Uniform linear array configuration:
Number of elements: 16
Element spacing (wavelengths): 0.75
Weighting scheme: exponential
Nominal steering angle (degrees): -15
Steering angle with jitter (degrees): -16.781
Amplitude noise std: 0.05
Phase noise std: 0.05

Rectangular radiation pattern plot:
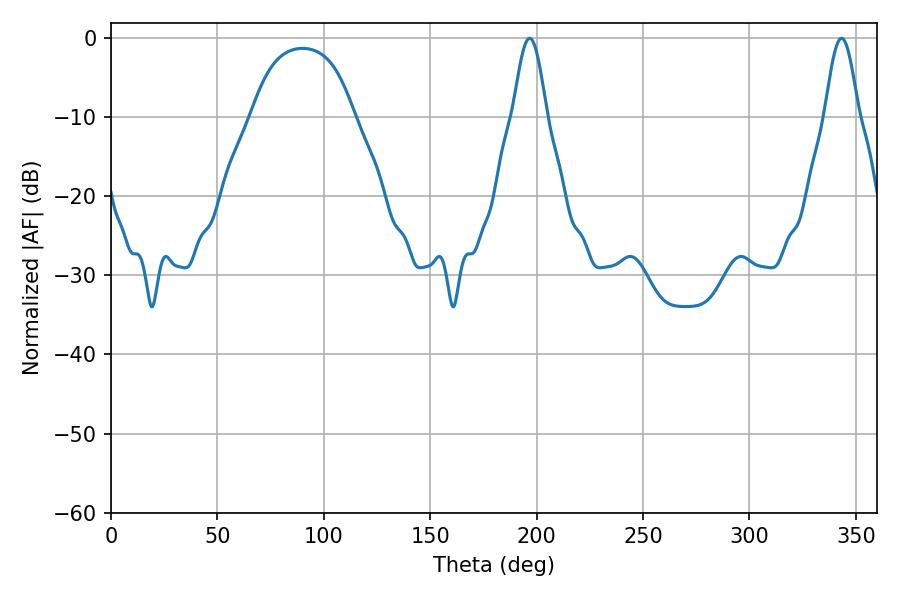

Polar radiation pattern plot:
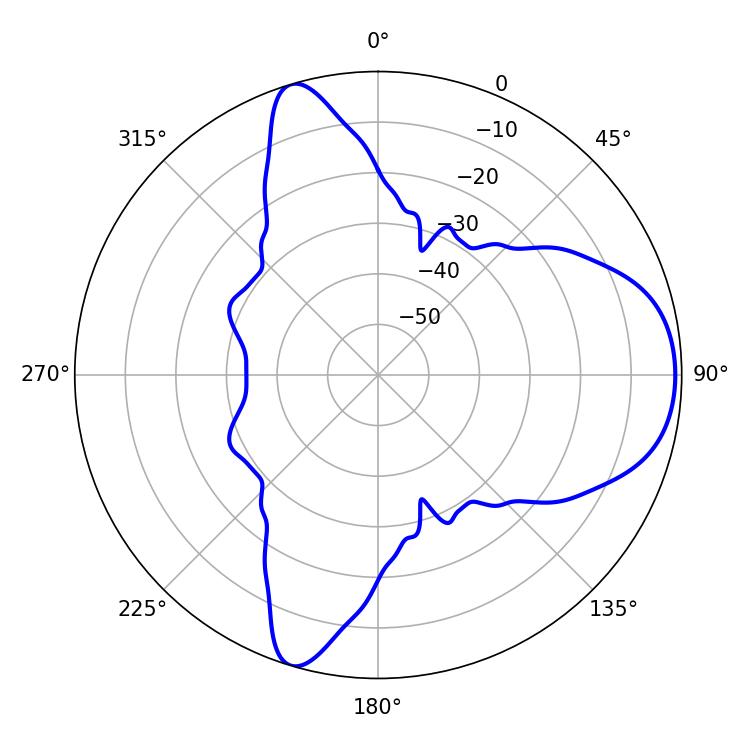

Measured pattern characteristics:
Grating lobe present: TRUE
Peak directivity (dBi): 7.833
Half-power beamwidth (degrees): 8.28
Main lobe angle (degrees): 196.74